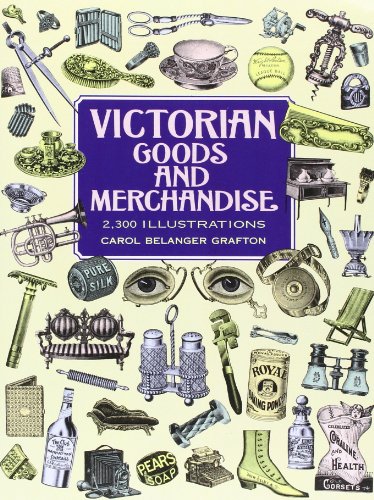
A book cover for Victorian Goods and Merchandise: 2,300 Illustrations (Dover Pictorial Archive); Arts & Photography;